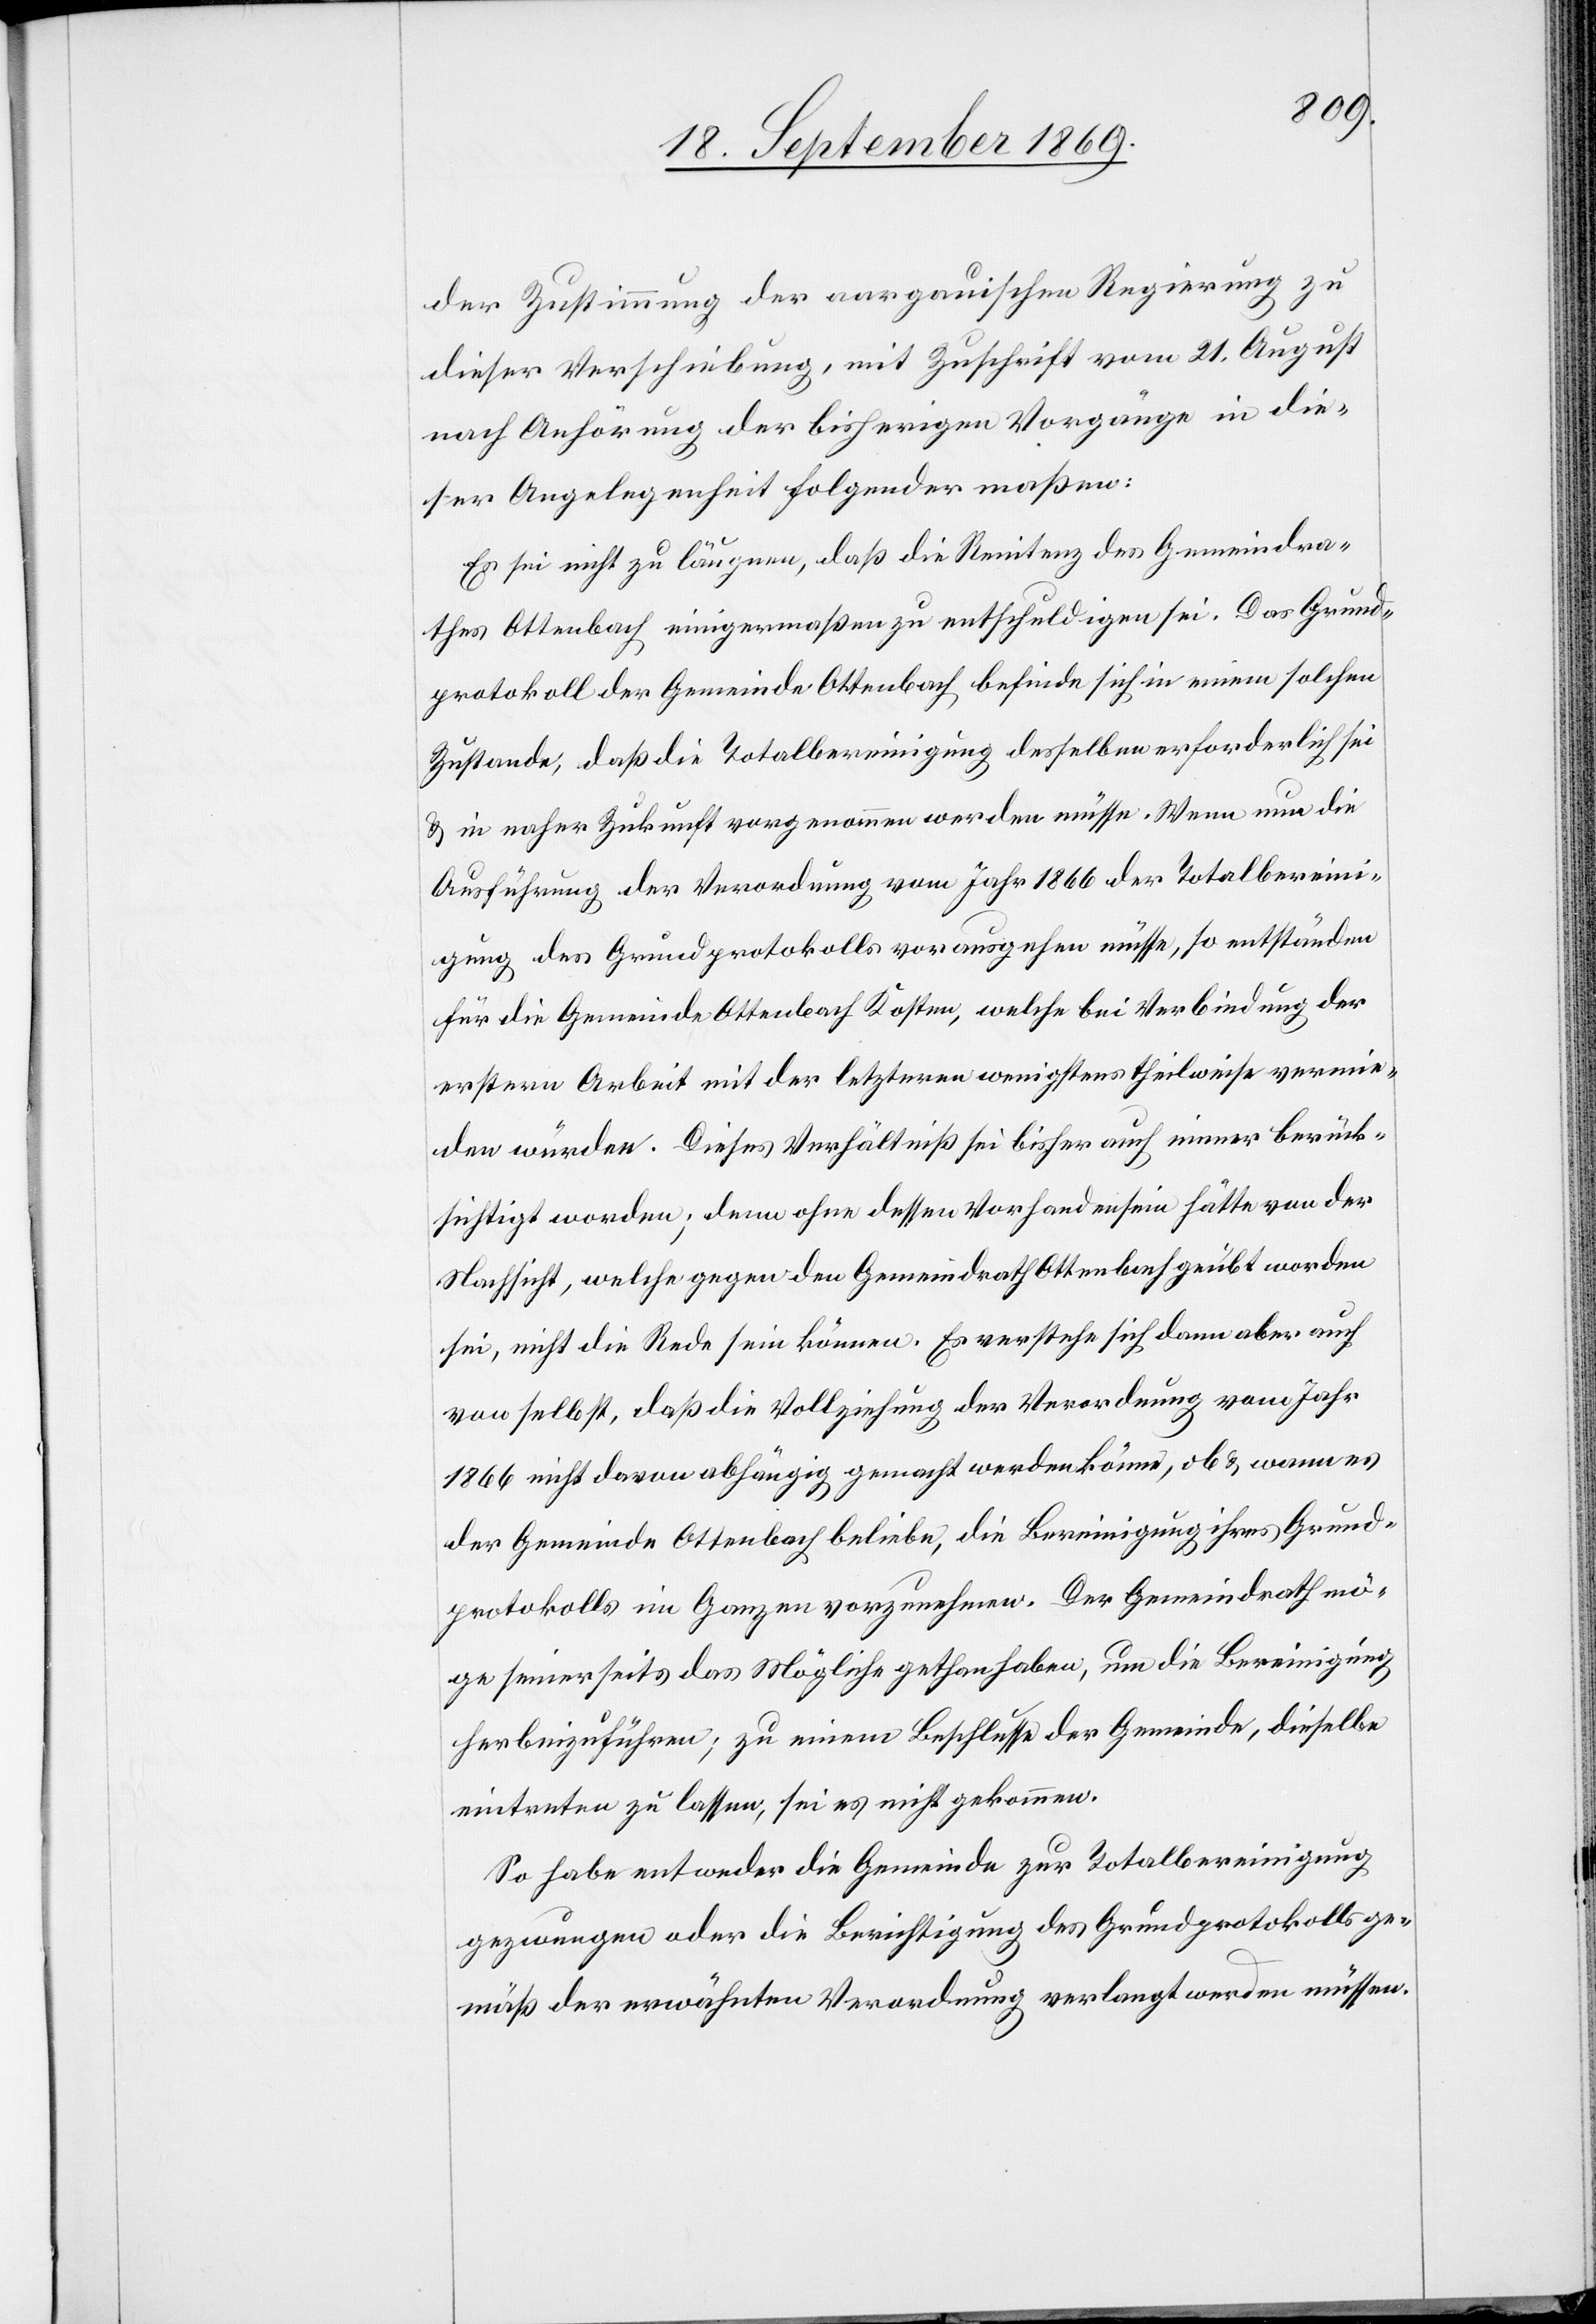
der Zustimmung der aargauischen Regierung zu
dieser Verschiebung, mit Zuschrift vom 21. August
nach Anhörung der bisherigen Vorgänge in die¬
ser Angelegenheit folgendermaßen:
Es sei nicht zu läugnen, daß die Renitenz des Gemeindra¬
thes Ottenbach einigermaßen zu entschuldigen sei. Das Grund¬
protokoll der Gemeinde Ottenbach befinde sich in einem solchen
Zustande, daß die Totalbereinigung desselben erforderlich sei
& in naher Zukunft vorgenommen werden müsse. Wenn nun die
Ausführung der Verordnung vom Jahr 1866 der Totalbereini¬
gung des Grundprotokolls vorausgehen müsse, so entständen
für die Gemeinde Ottenbach Kosten, welche bei Verbindung der
erstern Arbeit mit der letzteren wenigstens theilweise vermie¬
den würden. Dieses Verhältniß sei bisher auch immer berück¬
sichtigt worden; denn ohne dessen Vorhandensein hätte von der
Nachsicht, welche gegen den Gemeindrath Ottenbach geübt worden
sei nicht die Rede sein können. Es verstehe sich dann aber auch
von selbst, daß die Vollziehung der Verordnung vom Jahr
1866 nicht davon abhängig gemacht werden könne, ob & wann es
der Gemeinde Ottenbach beliebe, die Bereinigung ihres Grund¬
protokolls im Ganzen vorzunehmen. Der Gemeindrath mö¬
ge seinerseits das Mögliche gethan haben, um die Bereinigung
herbeizuführen; zu einem Beschlusse der Gemeinde, dieselbe
eintreten zu lassen, sei es nicht gekommen.
So habe entweder die Gemeinde zur Totalbereinigung
gezwungen oder die Berichtigung des Grundprotokolls ge¬
mäß der erwähnten Verordnung verlangt werden müssen.